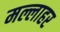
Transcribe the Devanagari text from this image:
मल्लाहर